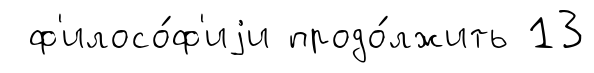
ф'илосо́ф'иjи продо́лжить 13